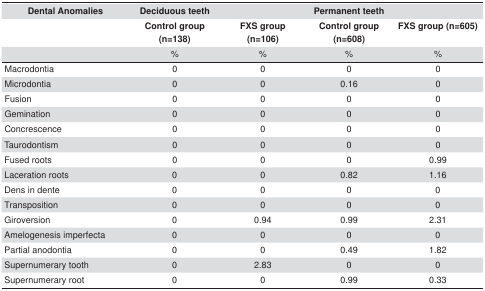
<table><thead><tr><td><b>Dental Anomalies</b></td><td><b>Deciduous teeth</b></td><td></td><td><b>Permanent teeth</b></td><td></td></tr><tr><td></td><td><b>Control group (n=138)</b></td><td><b>FXS group (n=106)</b></td><td><b>Control group (n=608)</b></td><td><b>FXS group (n=605)</b></td></tr><tr><td></td><td><b>%</b></td><td><b>%</b></td><td><b>%</b></td><td><b>%</b></td></tr></thead><tbody><tr><td>Macrodontia</td><td>0</td><td>0</td><td>0</td><td>0</td></tr><tr><td>Microdontia</td><td>0</td><td>0</td><td>0.16</td><td>0</td></tr><tr><td>Fusion</td><td>0</td><td>0</td><td>0</td><td>0</td></tr><tr><td>Gemination</td><td>0</td><td>0</td><td>0</td><td>0</td></tr><tr><td>Concrescence</td><td>0</td><td>0</td><td>0</td><td>0</td></tr><tr><td>Taurodontism</td><td>0</td><td>0</td><td>0</td><td>0</td></tr><tr><td>Fused roots</td><td>0</td><td>0</td><td>0</td><td>0.99</td></tr><tr><td>Laceration roots</td><td>0</td><td>0</td><td>0.82</td><td>1.16</td></tr><tr><td>Dens in dente</td><td>0</td><td>0</td><td>0</td><td>0</td></tr><tr><td>Transposition</td><td>0</td><td>0</td><td>0</td><td>0</td></tr><tr><td>Giroversion</td><td>0</td><td>0.94</td><td>0.99</td><td>2.31</td></tr><tr><td>Amelogenesis imperfecta</td><td>0</td><td>0</td><td>0</td><td>0</td></tr><tr><td>Partial anodontia</td><td>0</td><td>0</td><td>0.49</td><td>1.82</td></tr><tr><td>Supernumerary tooth</td><td>0</td><td>2.83</td><td>0</td><td>0</td></tr><tr><td>Supernumerary root</td><td>0</td><td>0</td><td>0.99</td><td>0.33</td></tr></tbody></table>